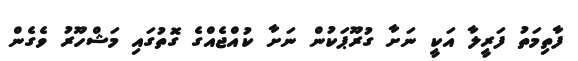
ފާތިމަތު ފަރީލާ އަކީ ނަށާ ގުރޫޕަކުން ނަށާ ކުއްޖެއްގެ ގޮތުގައި މަޝްހޫރު ވެގެން